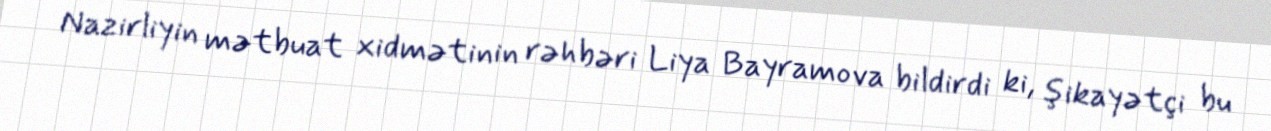
Nazirliyin mətbuat xidmətinin rəhbəri Liya Bayramova bildirdi ki, şikayətçi bu